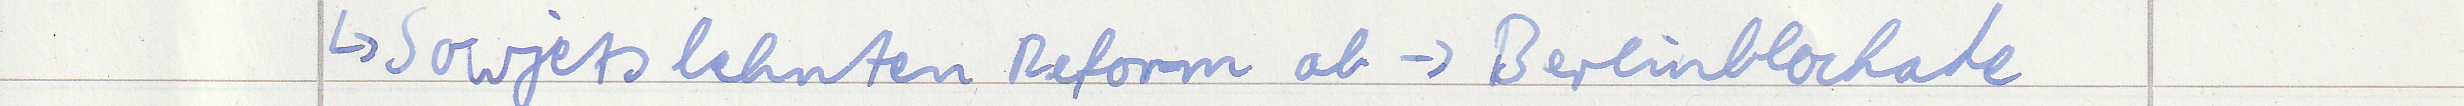
-> Sowjets lehnten Reform ab -> Berlinblockade